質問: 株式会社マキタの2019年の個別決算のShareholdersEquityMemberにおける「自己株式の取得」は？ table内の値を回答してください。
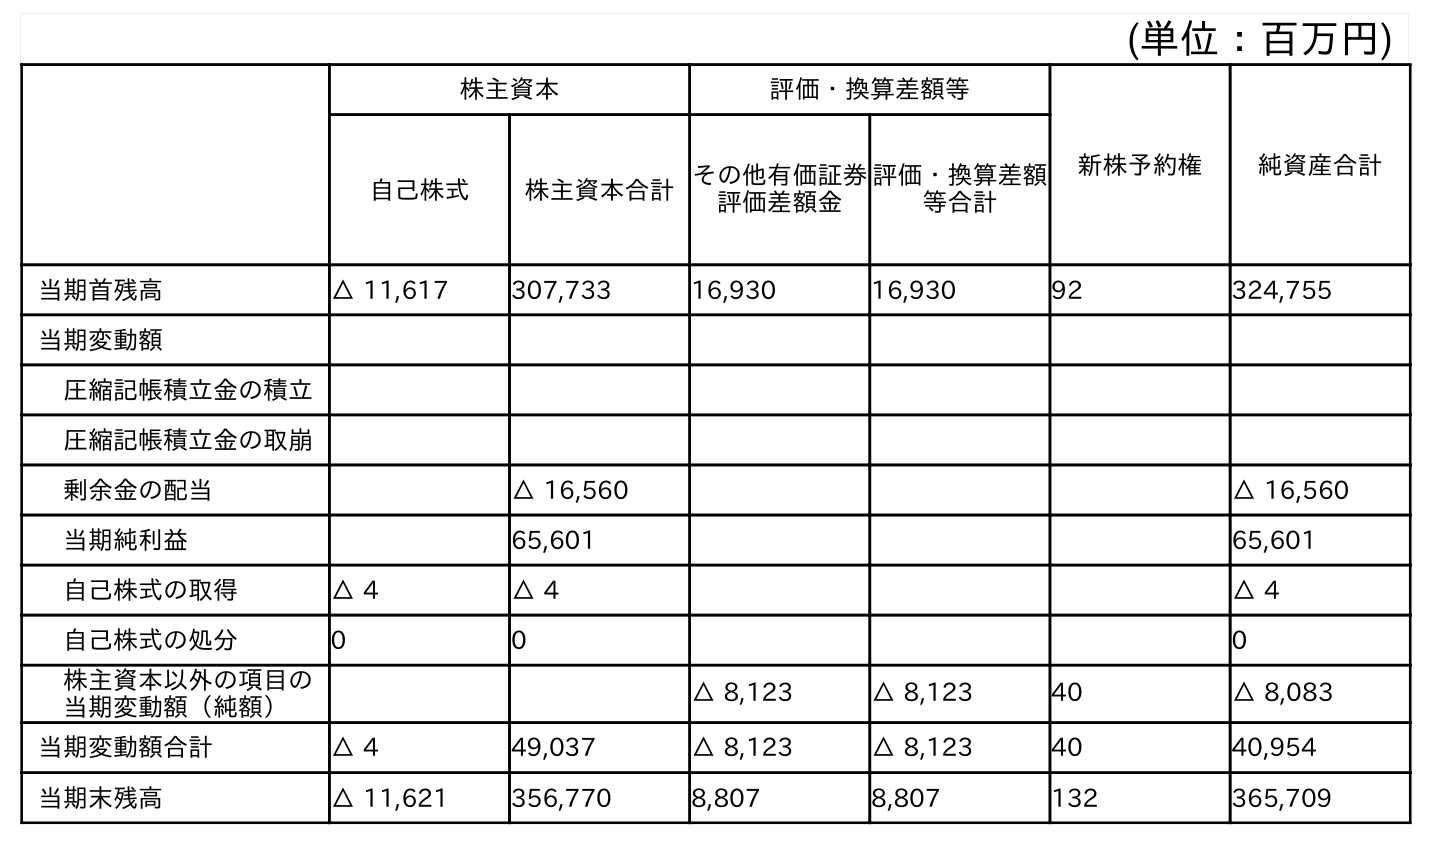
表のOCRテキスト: (単位：百万円) 株主資本 評価・換算差額等 新株予約権 純資産合計 自己株式 株主資本合計その他有価証券 評価差額金 評価・換算差額 等合計 当期首残高 △ 11,617 307,733 16,930 16,930 92 324,755 当期変動額 圧縮記帳積立金の積立 圧縮記帳積立金の取崩 剰余金の配当 △ 16,560 △ 16,560 当期純利益 65,601 65,601 自己株式の取得 △ 4 △ 4 △ 4 自己株式の処分 0 0 0 株主資本以外の項目の 当期変動額（純額） △ 8,123 △ 8,123 40 △ 8,083 当期変動額合計 △ 4 49,037 △ 8,123 △ 8,123 40 40,954 当期末残高 △ 11,621 356,770 8,807 8,807 132 365,709
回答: △4